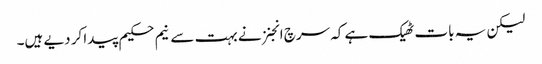
لیکن یہ بات ٹھیک ہے کہ سرچ انجنز نے بہت سے نیم حکیم پیدا کر دیے ہیں۔